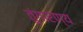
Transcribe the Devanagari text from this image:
तुंगारण्य